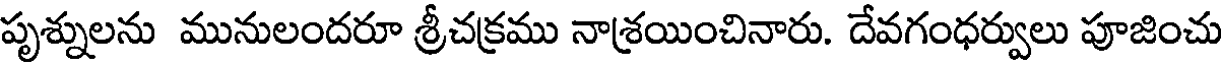
పృశ్నులను మునులందరూ శ్రీచక్రము నాశ్రయించినారు. దేవగంధర్వులు పూజించు